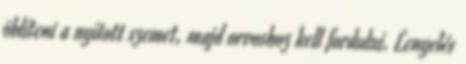
öblíteni a nyitott szemet, majd orvoshoz kell fordulni. Lenyelés